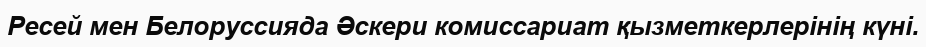
Ресей мен Белоруссияда Әскери комиссариат қызметкерлерінің күні.